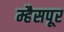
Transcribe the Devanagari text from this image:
म्हैसपूर